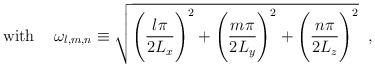
LaTeX: \begin{align*}\mbox{with } \;\;\; \omega_{l,m,n}\equiv \sqrt{\Biggl(\frac{l\pi}{2L_x}\Biggr)^2 +\Biggl(\frac{m\pi}{2L_y}\Biggr)^2 +\Biggl(\frac{n\pi}{2L_z}\Biggr)^2} \;\; ,\end{align*}